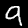
Label: 9